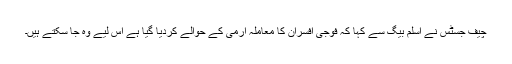
چیف جسٹس نے اسلم بیگ سے کہا کہ فوجی افسران کا معاملہ آرمی کے حوالے کردیا گیا ہے اس لیے وہ جا سکتے ہیں۔